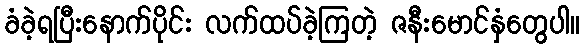
ခံခဲ့ရပြီးနောက်ပိုင်း လက်ထပ်ခဲ့ကြတဲ့ ဇနီးမောင်နှံတွေပါ။